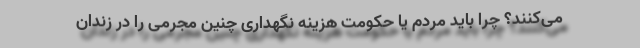
می‌کنند؟ چرا باید مردم یا حکومت هزینه نگهداری چنین مجرمی را در زندان